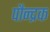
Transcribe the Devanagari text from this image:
पौन्द्रक